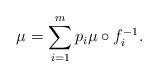
LaTeX: \begin{align*}\mu=\sum_{i=1}^m p_i \mu \circ f_i^{-1}.\end{align*}